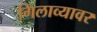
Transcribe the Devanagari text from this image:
गिलाव्यावर